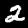
Label: 2